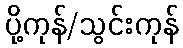
ပို့ကုန်/သွင်းကုန်